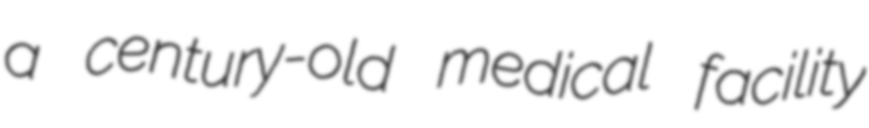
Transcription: a century-old medical facility